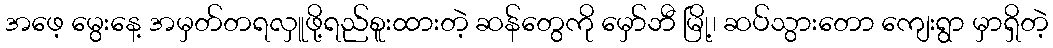
အဖေ့ မွေးနေ့ အမှတ်တရလှူဖို့ရည်စူးထားတဲ့ ဆန်တွေကို မှော်ဘီ မြို့၊ ဆပ်သွားတော ကျေးရွာ မှာရှိတဲ့